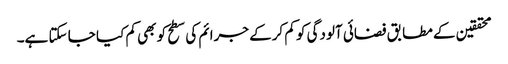
محققین کے مطابق فضائی آلودگی کو کم کرکے جرائم کی سطح کو بھی کم کیا جا سکتا ہے۔